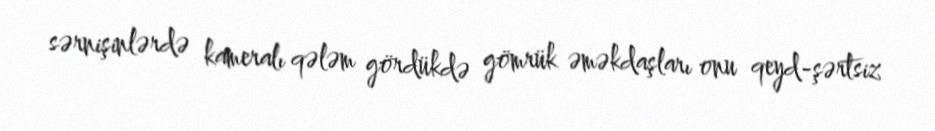
sərnişinlərdə kameralı qələm gördükdə gömrük əməkdaşları onu qeyd-şərtsiz